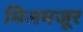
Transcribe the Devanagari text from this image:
मिलमजूर